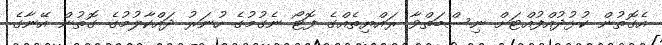
އެގޮތުން ކުޅުދުއްފުއްޓަށް ނިސްބަތްވާ ރައްޔިތެއްގެ ފޮޓޯ ނެގުމުގެ ހުނަރު ދައްކާލުމުގެ ގޮތުން އޭނާގެ